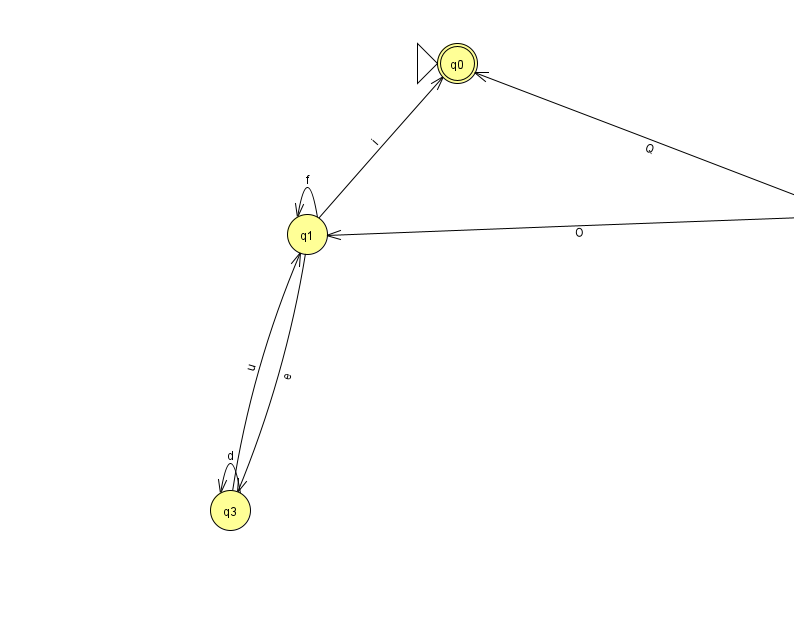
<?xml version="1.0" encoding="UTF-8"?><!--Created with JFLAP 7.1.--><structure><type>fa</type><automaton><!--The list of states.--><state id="0" name="q0"><x>457.0</x><y>50.0</y><initial/><final/></state><state id="1" name="q1"><x>307.0</x><y>221.0</y></state><state id="2" name="q2"><x>851.0</x><y>200.0</y></state><state id="3" name="q3"><x>230.0</x><y>497.0</y></state><!--The list of transitions.--><transition><from>3</from><to>3</to><read>d</read></transition><transition><from>2</from><to>0</to><read>Q</read></transition><transition><from>1</from><to>1</to><read>f</read></transition><transition><from>1</from><to>3</to><read>e</read></transition><transition><from>3</from><to>1</to><read>u</read></transition><transition><from>2</from><to>1</to><read>O</read></transition><transition><from>1</from><to>0</to><read>i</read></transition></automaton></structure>